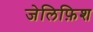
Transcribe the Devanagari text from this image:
जेलिफ़िश